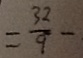
= \frac { 3 2 } { 9 } -